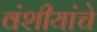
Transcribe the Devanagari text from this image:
वंशीयांचे